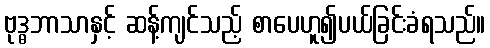
ဗုဒ္ဓဘာသာနှင့် ဆန့်ကျင်သည့် စာပေဟူ၍ပယ်ခြင်းခံရသည်။